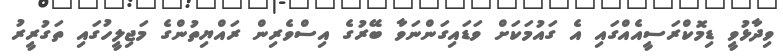
ވިދާޅުވީ ޑިމޮކްރަސީއެއްގައި އެ ގައުމަކަށް ވަޑައިގަންނަވާ ބޭރުގެ އިސްވެރިން ރައްޔިތުންގެ މަޖިލީހުގައި ތަގުރީރު